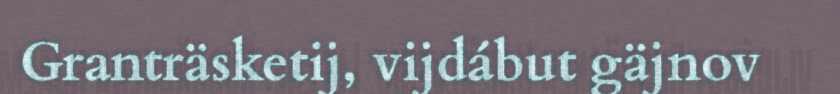
Granträsketij, vijdábut gäjnov